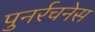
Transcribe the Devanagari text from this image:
पुनर्रचनेस